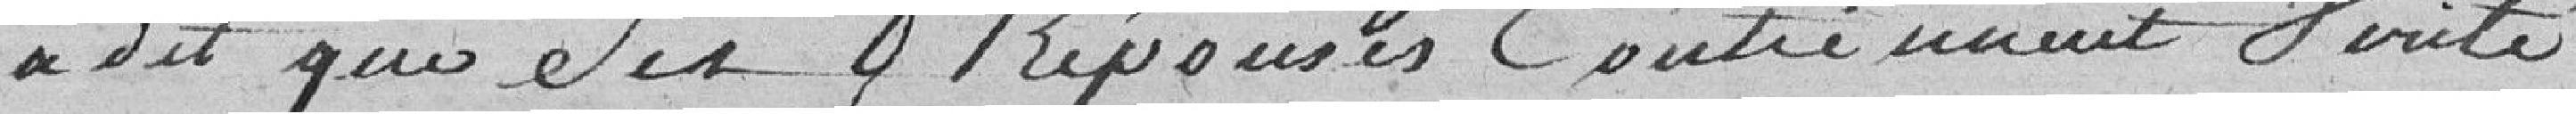
a dit que ses réponses contiennent vérité